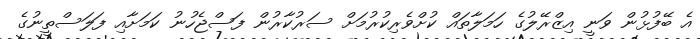
އެ ބޭފުޅުން ވަނީ އިޒްރޭލުގެ ހަމަލާތައް ކުށްވެރިކުރުމަށް ސަރުކާރުން ފަސްޖެހުނު ކަމަށާއި ފަލަސްތީނުގެ